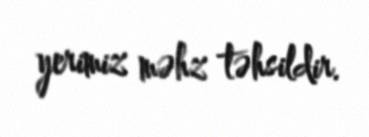
yerimiz məhz təhsildir.